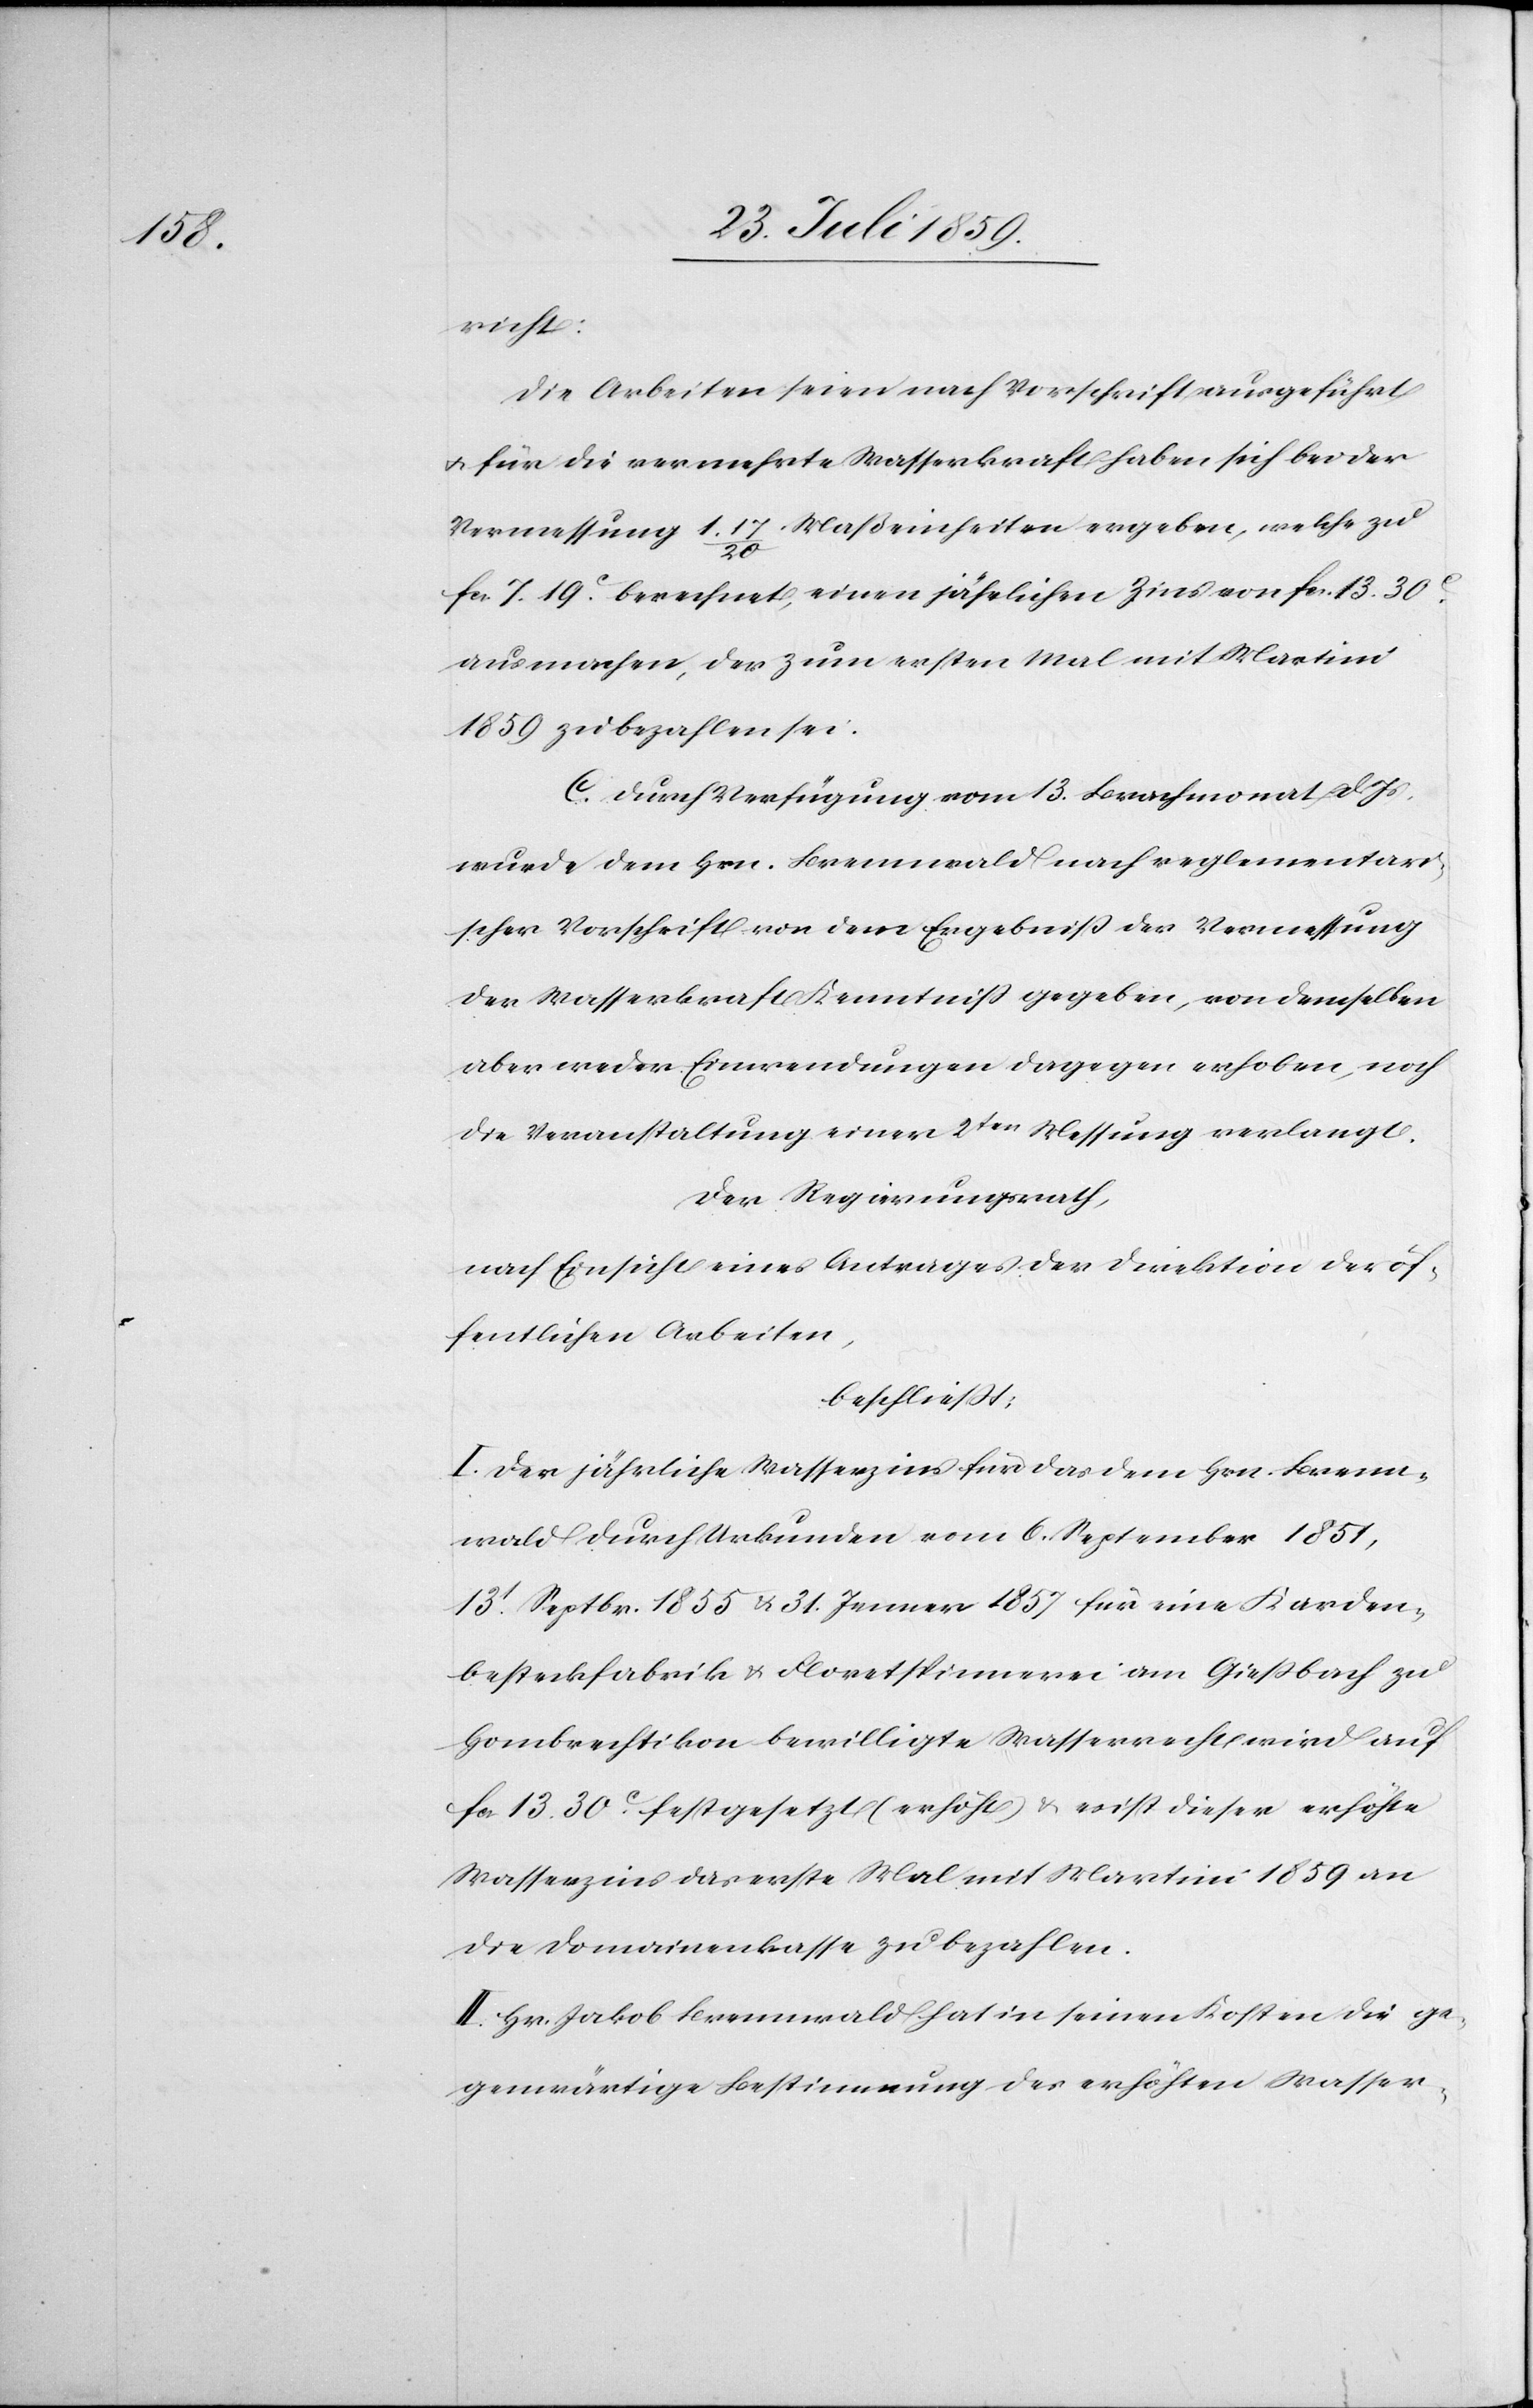
richt:
Die Arbeiten seien nach Vorschrift ausgeführt
u. für die vermehrte Wasserkraft haben sich bei der
Vermessung 1. 17/20 Maßeinheiten ergeben, welche zu
fcs. 7 19c. berechnet, einen jährlichen Zins von fcs. 13. 30c.
ausmachen, der zum ersten Mal mit Martini
1859 zu bezahlen sei.
C. Durch Verfügung vom 13. Brachmonat d. Js.
wurde dem Hrn. Brennwald nach reglementari¬
scher Vorschrift von dem Ergebniß der Vermessung
der Wasserkraft Kenntniß gegeben, von demselben
aber weder Einwendungen dagegen erhoben, noch
die Veranstaltung einer 2ten Messung verlangt.
Der Regierungsrath,
nach Einsicht eines Antrages der Direktion der öf¬
fentlichen Arbeiten,
beschließt:
I. Der jährliche Wasserzins für das dem Hrn. Brenn¬
wald durch Urkunde vom 6. September 1851,
13t. Septbr. 1855 u. 31. Jenner 1857 für eine Karden¬
besteckfabrik u. Floretspinnerei am Gießbach zu
Hombrechtikon bewilligte Wasserrecht wird auf
fcs. 13. 30c. festgesetzt (erhöht) u. es ist dieser erhöhte
Wasserzins das erste Mal mit Martini 1859 an
die Domainenkasse zu bezahlen.
II. Hr. Jakob Brennwald hat in seinen Kosten in die ge¬
genwärtige Bestimmung des erhöhten Wasser-